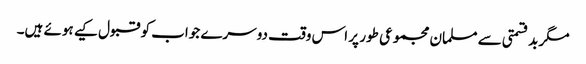
مگر بدقسمتی سے مسلمان مجموعی طور پر اس وقت دوسرے جواب کو قبول کیے ہوئے ہیں۔